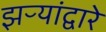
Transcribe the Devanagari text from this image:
झऱ्यांद्वारे